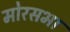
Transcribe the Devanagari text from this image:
मोरसभा